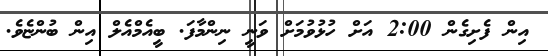
އިން ފެށިގެން 2:00 އަށް ހުޅުވުމަށް ވަނީ ނިންމާފަ. ބީއެމްއެލް އިން ބުންޏެވެ.